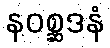
နဝစ္ဆဒနံ